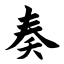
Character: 奏